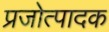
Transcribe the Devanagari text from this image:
प्रजोत्पादक